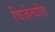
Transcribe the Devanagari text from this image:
विजेत्यांत